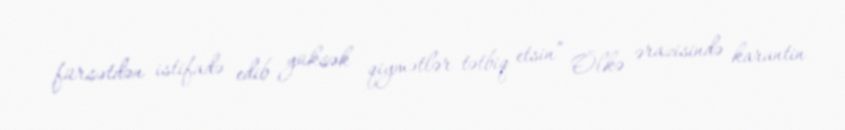
fürsətdən istifadə edib yüksək qiymətlər tətbiq etsin” Ölkə ərazisində karantin